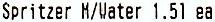
SPRITZER M/WATER 1.51 EA